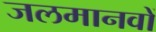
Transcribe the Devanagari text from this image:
जलमानवों